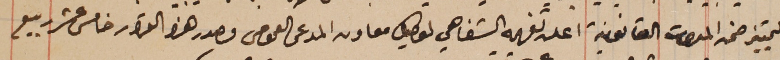
والتمييز ضمن المقررات القانونية اعلن تفهمه الشفاهي لوكيل معاون المدعى العمومى مصدر هذا القرار خامس عشر ربيع